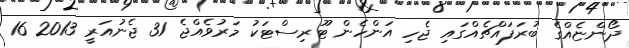
ދޯންޏެއްގެ ބުރަފައްޗެއްގައި ޖެހި އަންހެން ޓޫރިސްޓަކު މަރުވެއްޖެ 31 ޖެނުއަރީ 2013 16